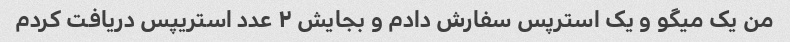
من یک میگو و یک استرپس سفارش دادم و بجایش ٢ عدد استریپس دریافت کردم